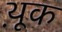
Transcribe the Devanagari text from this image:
थ़ूक